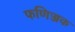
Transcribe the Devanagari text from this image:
फणिज्जक